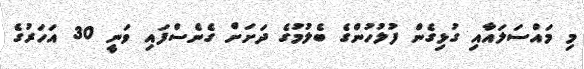
މި މައްސަލައާއި ގުޅިގެން ފުލުހުންގެ ބެލުމުގެ ދަށަށް ގެނެސްފައި ވަނީ 30 އަހަރުގެ